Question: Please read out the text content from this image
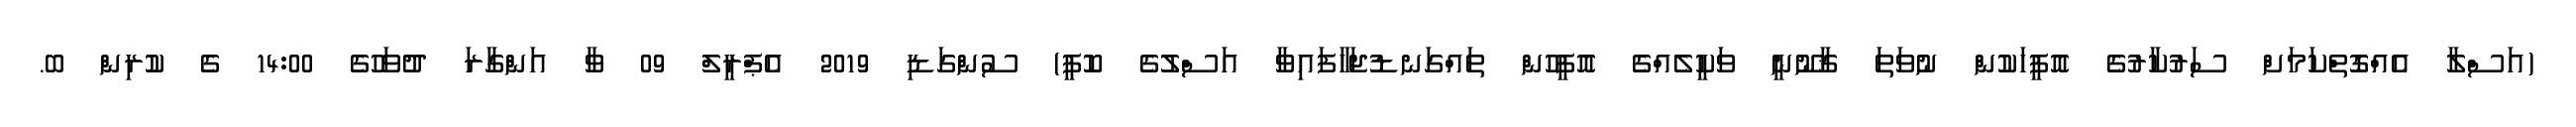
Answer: (އަސްލާ އެއްގޮތްކަމަށް ސަރުކާރުގެ އޮފީހަކުން ނުވަތަ ޤާނޫނީ ވަކީލެއްގެ އޮފީހުން ތައްގަނޑުޖަހާފައިވާ އަސްލުގެ ކޮޕީ) ސުންގަޑި 2019 އެޕްރީލް 09 ވާ އަންގާރަ ދުވަހުގެ 14:00 ގެ ކުރިން ބ.